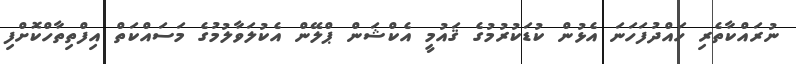
ނުރައްކާތެރި ހައްދުފަހަނަ އެޅުން ކުޑަކުރުމުގެ ޤައުމީ އެކްޝަން ޕްލޭން އެކުލަވާލުމުގެ މަސައްކަތް އިފްތިތާހްކޮށްފި